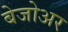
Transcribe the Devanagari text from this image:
बेजोअर